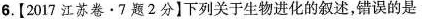
6. [2017 江苏卷 · 7 题 2 分】下列关于生物进化的叙述，错误的是